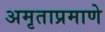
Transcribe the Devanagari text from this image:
अमृताप्रमाणे